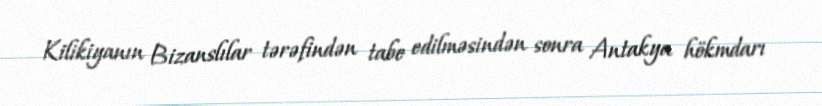
Kilikiyanın Bizanslılar tərəfindən tabe edilməsindən sonra Antakya hökmdarı